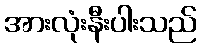
အားလုံးနီးပါးသည်